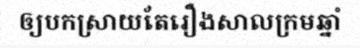
ឲ្យបកស្រាយតែរឿងសាលក្រមឆ្នាំ